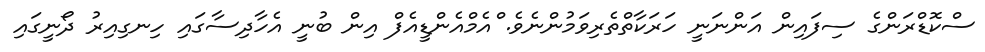
ސްކޮޑްރަންގެ ސިފައިން އަންނަނީ ހަރަކާތްތެރިވަމުންނެވެ. ްއެމްއެންޑީއެފް އިން ބުނީ އެހާދިސާގައި ހިނގިއިރު ދޯނީގައި